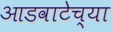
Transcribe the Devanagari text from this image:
आडवाटेच्या